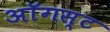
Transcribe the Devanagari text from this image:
अाॅगस्ट